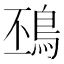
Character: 䲹